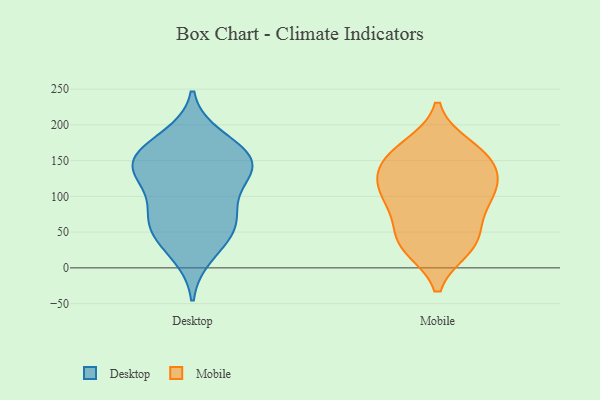
{"axis": {"x": "Net Income (USD K)", "y": "Value"}, "legend": ["Desktop", "Mobile"], "data": [{"x": "", "y": 128, "type": "Desktop"}, {"x": "", "y": 167, "type": "Desktop"}, {"x": "", "y": 45, "type": "Desktop"}, {"x": "", "y": 79, "type": "Desktop"}, {"x": "", "y": 150, "type": "Desktop"}, {"x": "", "y": 140, "type": "Desktop"}, {"x": "", "y": 19, "type": "Desktop"}, {"x": "", "y": 138, "type": "Desktop"}, {"x": "", "y": 83, "type": "Desktop"}, {"x": "", "y": 159, "type": "Desktop"}, {"x": "", "y": 62, "type": "Desktop"}, {"x": "", "y": 53, "type": "Desktop"}, {"x": "", "y": 131, "type": "Desktop"}, {"x": "", "y": 182, "type": "Desktop"}, {"x": "", "y": 83, "type": "Mobile"}, {"x": "", "y": 115, "type": "Mobile"}, {"x": "", "y": 114, "type": "Mobile"}, {"x": "", "y": 161, "type": "Mobile"}, {"x": "", "y": 31, "type": "Mobile"}, {"x": "", "y": 29, "type": "Mobile"}, {"x": "", "y": 98, "type": "Mobile"}, {"x": "", "y": 139, "type": "Mobile"}, {"x": "", "y": 37, "type": "Mobile"}, {"x": "", "y": 140, "type": "Mobile"}, {"x": "", "y": 98, "type": "Mobile"}, {"x": "", "y": 169, "type": "Mobile"}, {"x": "", "y": 157, "type": "Mobile"}, {"x": "", "y": 48, "type": "Mobile"}]}